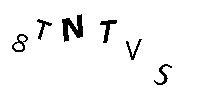
8TNTVS